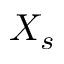
X _ { s }